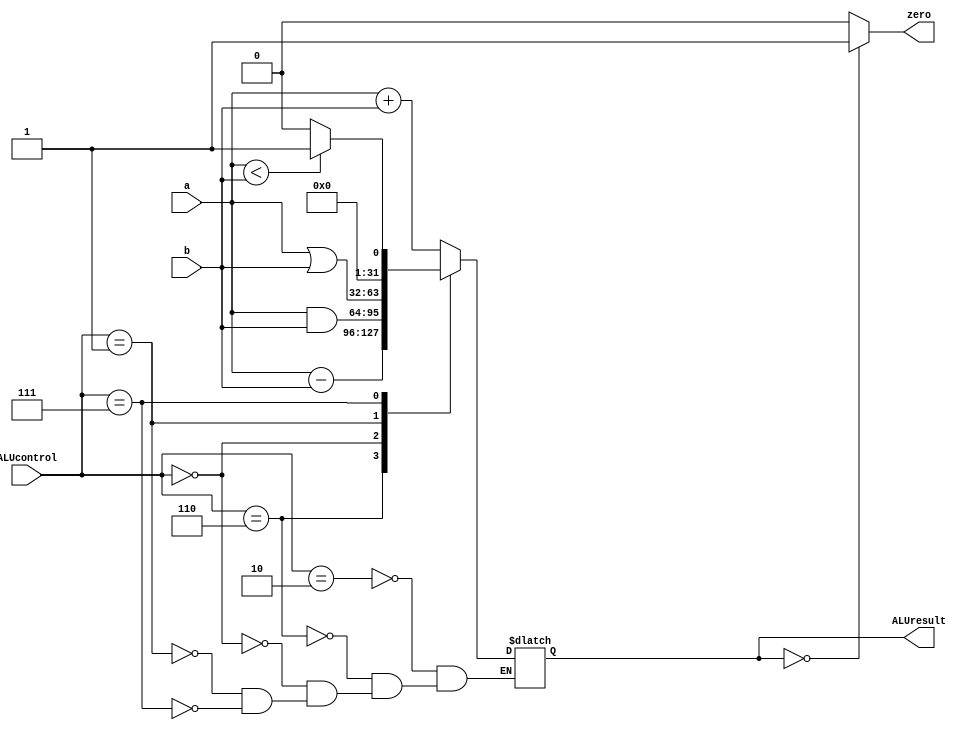
`timescale 1ns / 1ps
//////////////////////////////////////////////////////////////////////////////////
// Company: 
// Engineer: 
// 
// Design Name: 
// Module Name: ALU
// Project Name: 
// Target Devices: 
// Tool Versions: 
// Description: 
// 
// Dependencies: 
// 
// Revision:
// Revision 0.01 - File Created
// Additional Comments:
// 
//////////////////////////////////////////////////////////////////////////////////


module ALU (a,b,ALUcontrol,ALUresult,zero);
    input signed [31:0]a;
    input signed [31:0]b;
    input [3:0]ALUcontrol;//this is the 4-bit output of ALU control
    output signed  [31:0]ALUresult;
    output zero;
    //output set;
    //output overflow;
    //reg [31:0]ALUresult;
    reg [32:0]result;//[31:0] represents ALUresult, [32] represents overflow
    
    initial begin 
    //ALUresult=32'b0;
    result=33'b0;
    end
    
    parameter add=4'b0010;//add,addi,sw,lw
    //parameter addi=4'b0010;
    parameter sub=4'b0110;//sub,beq,bne
    parameter AND=4'b0000;//AND,ANDi
    //parameter ANDi=4'b0000;
    parameter OR=4'b0001;//OR
    parameter slt=4'b0111;//slt
    //parameter lw=4'b0010;
    //parameter sw=4'b0010;
    //parameter beq=4'b0110;
    //parameter bne=4'b0110;
    parameter j=4'b1111;//j
    
  
    
    always@(a,b,ALUcontrol)begin
        case(ALUcontrol)
            add:begin result<=a+b; end
            //addi:begin result=a+b; end
            sub:begin result<=a-b; end
            AND:begin result<=a&b; end
            //ANDi:begin result=a&b; end
            OR:begin result<=a|b; end
            slt:begin result<=(a<b)?1:0; end
            //lw:begin result=a+b; end
            //sw:begin result=a+b; end
            //beq:begin result=a-b; end    
            //bne:begin result=a-b; end
            j:begin end      
            default: ;
        endcase   
    end    
    
    assign ALUresult=result[31:0];
    //assign overflow=result[32];
    //assign set=result[31];
    assign zero=(ALUresult==32'b0)?1:0;
    //carry=result[32]??
    
 endmodule